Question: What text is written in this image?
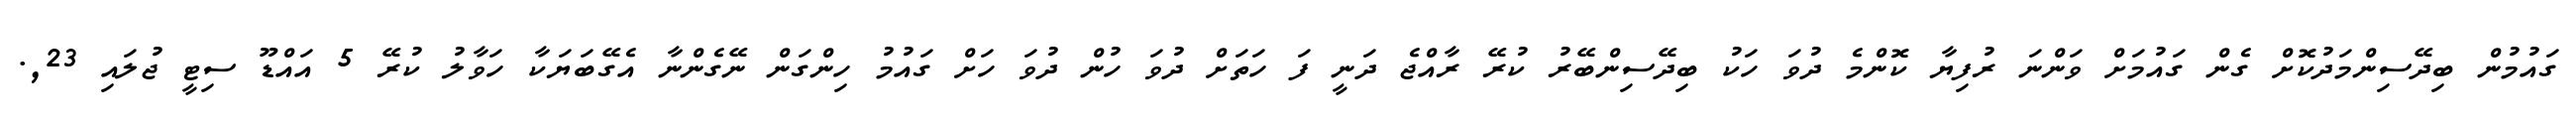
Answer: ގައުމުން ބިދޭސިންމަދުކޮށް ގެން ގައުމަށް ވަންނަ ރުފިޔާ ކޮންމެ ދުވަ ހަކު ބިދޭސިންބޭރު ކުރޭ ރާއްޖެ ދަނީ ފަ ހަތަށް ދުވަ ހުން ދުވަ ހަށް ގައުމު ހިންގަން ނޭގެންނާ އެގޭބަޔަކާ ހަވާލު ކުރޭ 5 އައްޑޫ ސިޓީ ޖުލައި 23,.